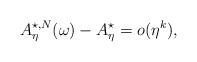
LaTeX: \begin{align*}A^{\star,N}_\eta(\omega)-A^\star_\eta = o(\eta^k),\end{align*}